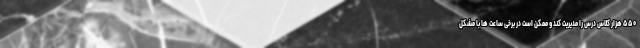
۵۵۰ هزار کلاس درس را مدیریت کند و ممکن است در برخی ساعت ها با مشکل